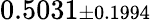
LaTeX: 0.5031{\scriptstyle\pm 0.1994}